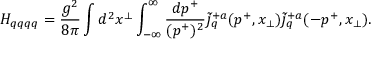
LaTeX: H _ { q q q q } = { \frac { g ^ { 2 } } { 8 \pi } } \int d ^ { 2 } x ^ { \perp } \int _ { - \infty } ^ { \infty } { \frac { d p ^ { + } } { ( p ^ { + } ) ^ { 2 } } } { \tilde { j } ^ { + a } } _ { q } ( p ^ { + } , x _ { \perp } ) { \tilde { j } ^ { + a } } _ { q } ( - p ^ { + } , x _ { \perp } ) .